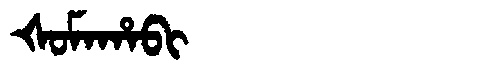
Manchu: ᡧᠣᠮᠠᡥᠠᠪᡳ
Romanization: ŠOMAHABI